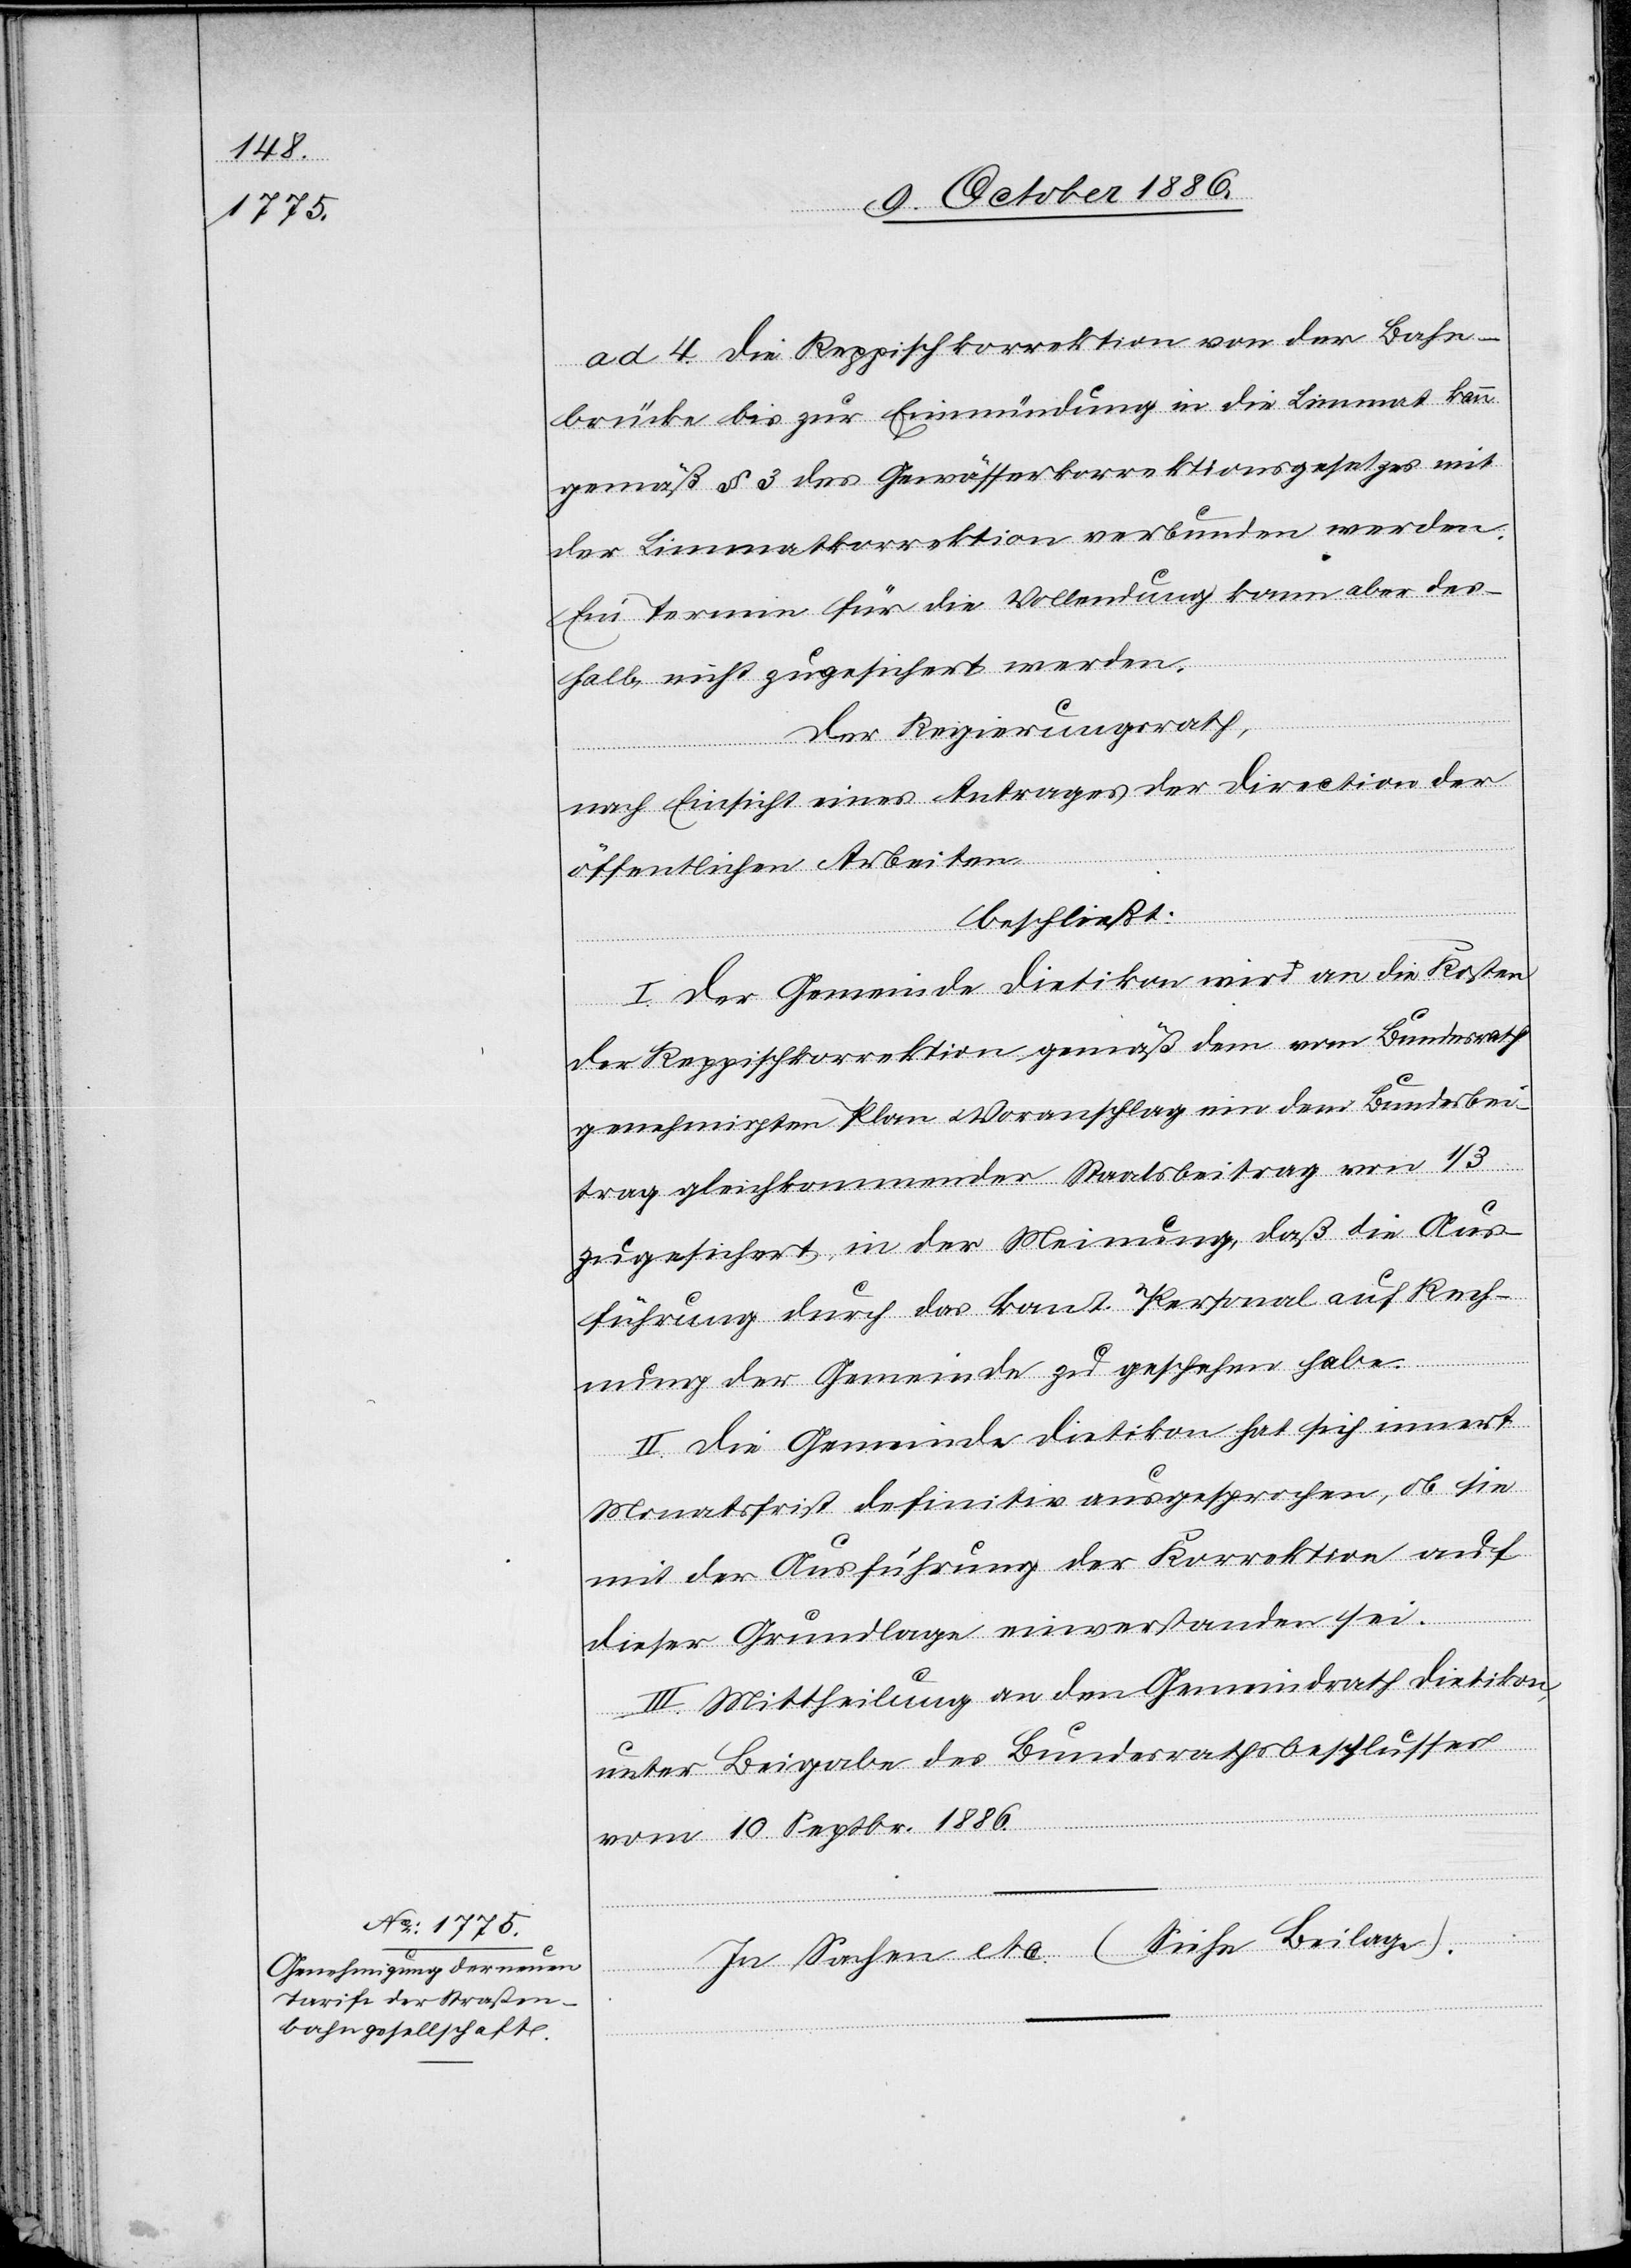
ad 4. Die Reppischkorrektion von der Bahn¬
brücke bis zur Einmündung in die Limmat kann
gemäß § 3 des Gewässerkorrektionsgesetzes mit
der Limmatkorrektion verbunden werden.
Ein Termin für die Vollendung kann aber des¬
halb nicht zugeischert werden.
Der Regierungsrath,
nach Einsicht eines Antrages der Direction der
öffentlichen Arbeiten,
beschließt:
I. Der Gemeinde Dietikon wird an die Kosten
der Reppischkorrektion gemäß dem vom Bundesrath
genehmigten Plan & Voranschlag ein dem Bundesbei¬
trag gleichkommender Staatsbeitrag von 1/3
zugesichert, in der Meinung, daß die Aus¬
führung durch das kant. Personal auf Rech¬
nung der Gemeinde zu geschehen habe.
II. Die Gemeinde Dietikon hat sich innert
Monatsfrist definitiv ausgesprochen, ob sie
mit der Ausführung der Korrektion auf
dieser Grundlage einverstanden sei.
III. Mittheilung an den Gemeindrath Dietikon,
unter Beigabe des Bundesrathsbeschlusses
vom 10. Septbr. 1886.